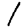
Digit: 1